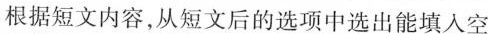
根据短文内容,从短文后的选项中选出能填入空